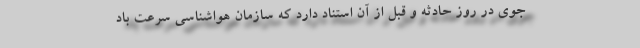
جوی در روز حادثه و قبل از آن استناد دارد که سازمان هواشناسی سرعت باد